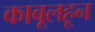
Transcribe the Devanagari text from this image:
काबूलहून